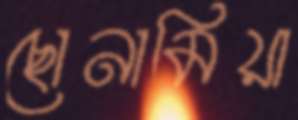
ছোনামিয়া